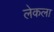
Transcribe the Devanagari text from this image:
लेकला